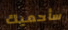
سأحميك